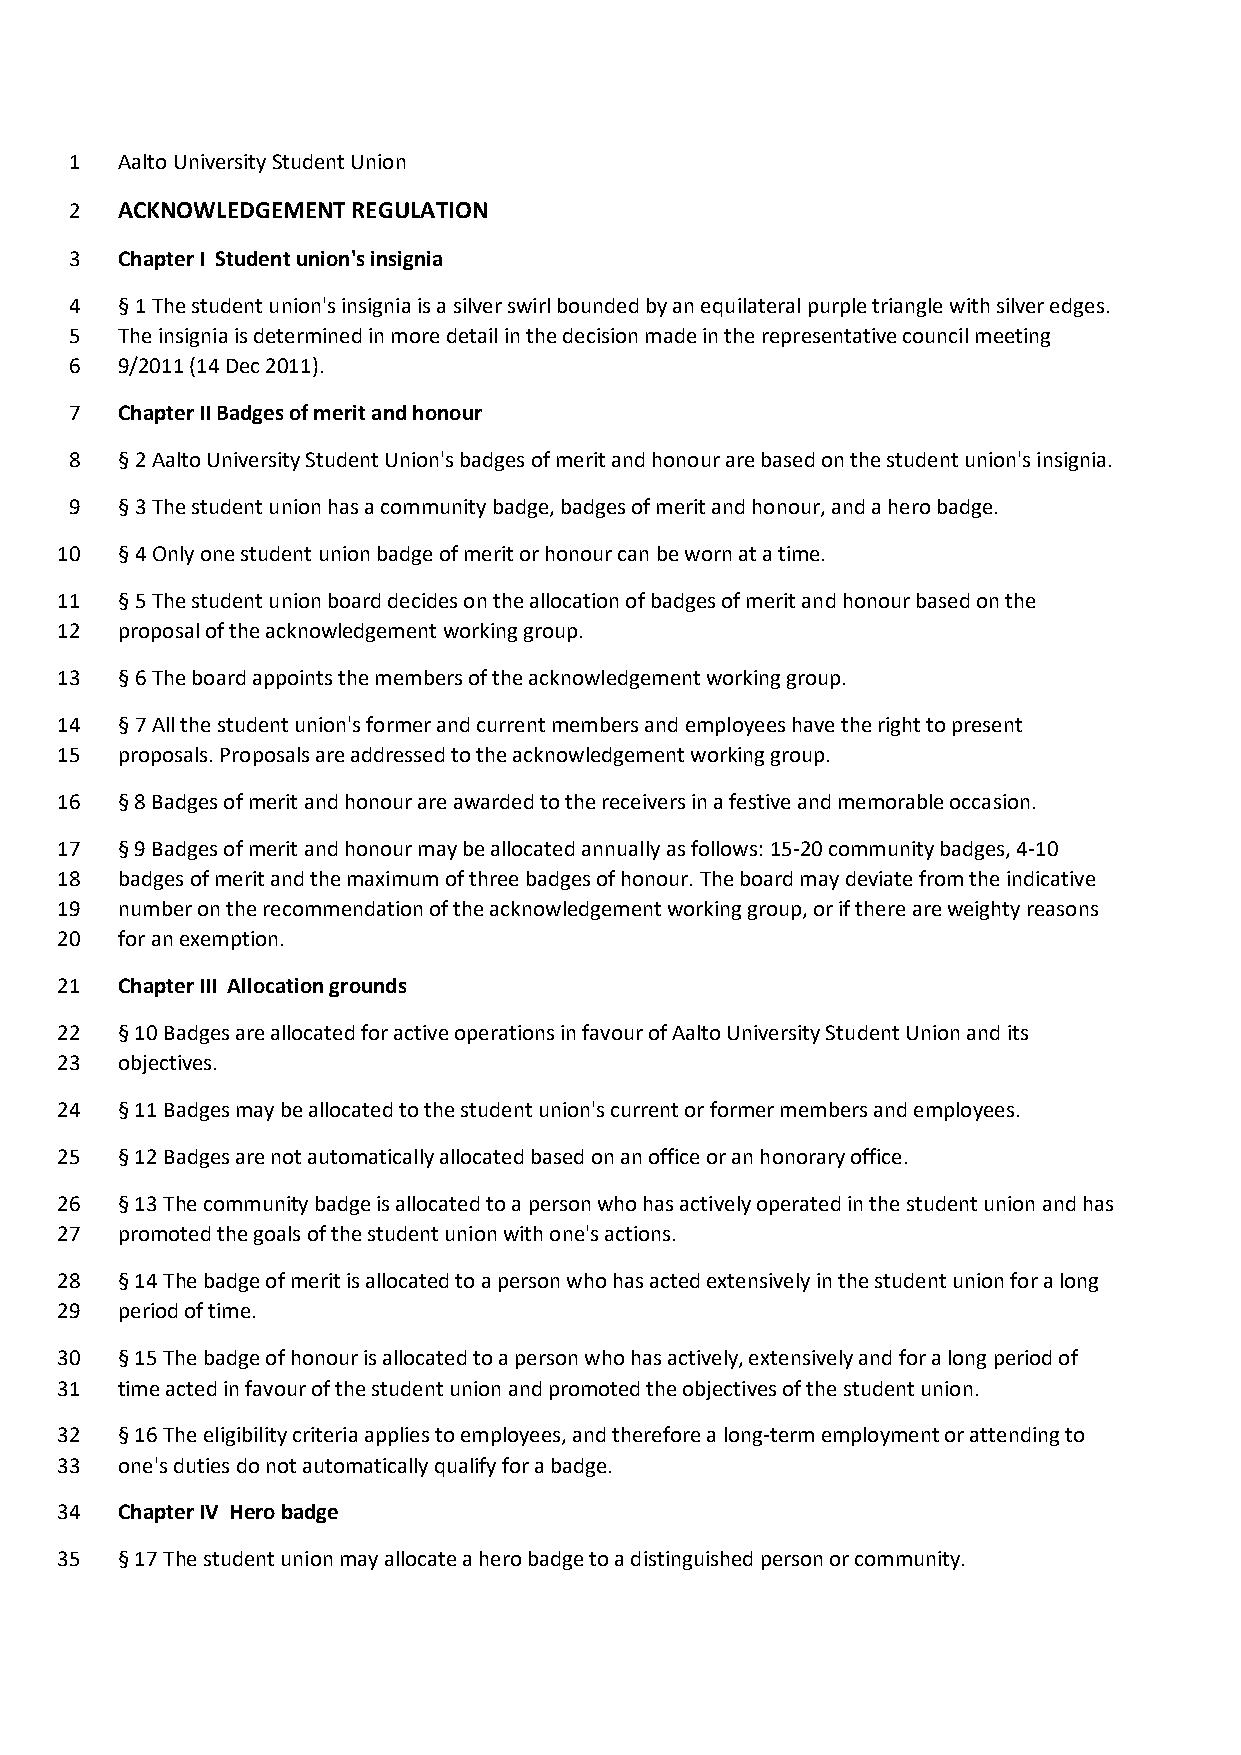
1  Aalto University Student Union
 2  ACKNOWLEDGEMENT REGULATION
 3  Chapter I Student union's insignia
 4  § 1 The student union's insignia is a silver swirl bounded by an equilateral purple triangle with silver edges.
 5  The insignia is determined in more detail in the decision made in the representative council meeting
 6  9/2011 (14 Dec 2011).
 7  Chapter II Badges of merit and honour
 8  § 2 Aalto University Student Union's badges of merit and honour are based on the student union's insignia.
 9  § 3 The student union has a community badge, badges of merit and honour, and a hero badge.
 10  § 4 Only one student union badge of merit or honour can be worn at a time.
 11  § 5 The student union board decides on the allocation of badges of merit and honour based on the
 12  proposal of the acknowledgement working group.
 13  § 6 The board appoints the members of the acknowledgement working group.
 14  § 7 All the student union's former and current members and employees have the right to present
 15  proposals. Proposals are addressed to the acknowledgement working group.
 16  § 8 Badges of merit and honour are awarded to the receivers in a festive and memorable occasion.
 17  § 9 Badges of merit and honour may be allocated annually as follows: 15-20 community badges, 4-10
 18  badges of merit and the maximum of three badges of honour. The board may deviate from the indicative
 19  number on the recommendation of the acknowledgement working group, or if there are weighty reasons
 20  for an exemption.
 21  Chapter III Allocation grounds
 22  § 10 Badges are allocated for active operations in favour of Aalto University Student Union and its
 23  objectives.
 24  § 11 Badges may be allocated to the student union's current or former members and employees.
 25  § 12 Badges are not automatically allocated based on an office or an honorary office.
 26  § 13 The community badge is allocated to a person who has actively operated in the student union and has
 27  promoted the goals of the student union with one's actions.
 28  § 14 The badge of merit is allocated to a person who has acted extensively in the student union for a long
 29  period of time.
 30  § 15 The badge of honour is allocated to a person who has actively, extensively and for a long period of
 31  time acted in favour of the student union and promoted the objectives of the student union.
 32  § 16 The eligibility criteria applies to employees, and therefore a long-term employment or attending to
 33  one's duties do not automatically qualify for a badge.
 34  Chapter IV Hero badge
 35  § 17 The student union may allocate a hero badge to a distinguished person or community.